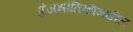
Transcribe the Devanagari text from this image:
पुंजभौतिकीमधील